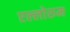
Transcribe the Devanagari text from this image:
एल्लोरुम